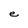
Character: e